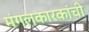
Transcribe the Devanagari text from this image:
मंगलकारकांची